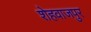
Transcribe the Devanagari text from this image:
शेहवाजपुर